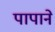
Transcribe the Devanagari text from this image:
पापाने